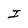
Character: I